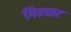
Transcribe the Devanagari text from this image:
गिरघाट